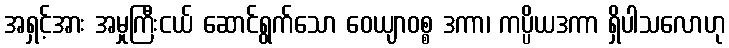
အရှင့်အား အမှုကြီးငယ် ဆောင်ရွက်သော ဝေယျာဝစ္စ ဒကာ၊ ကပ္ပိယဒကာ ရှိပါသလောဟု